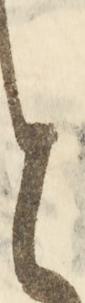
と